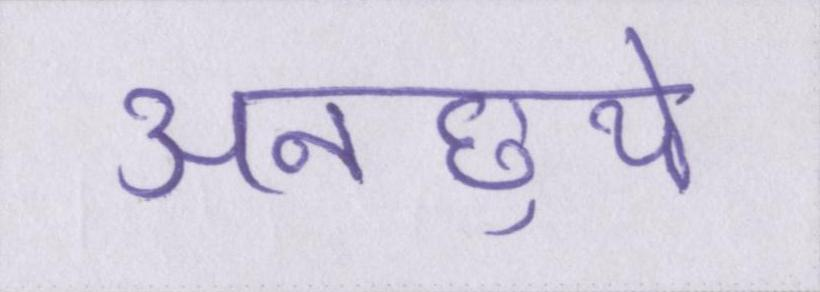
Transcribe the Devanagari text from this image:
अनछुये